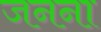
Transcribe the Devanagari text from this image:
जनना